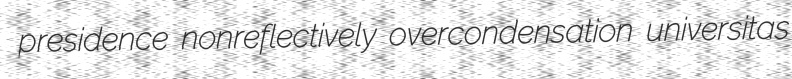
presidence nonreflectively overcondensation universitas